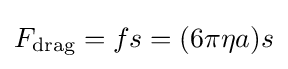
F_{\text{drag}}=fs=(6\pi \eta a)s